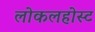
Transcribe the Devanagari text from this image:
लोकलहोस्ट